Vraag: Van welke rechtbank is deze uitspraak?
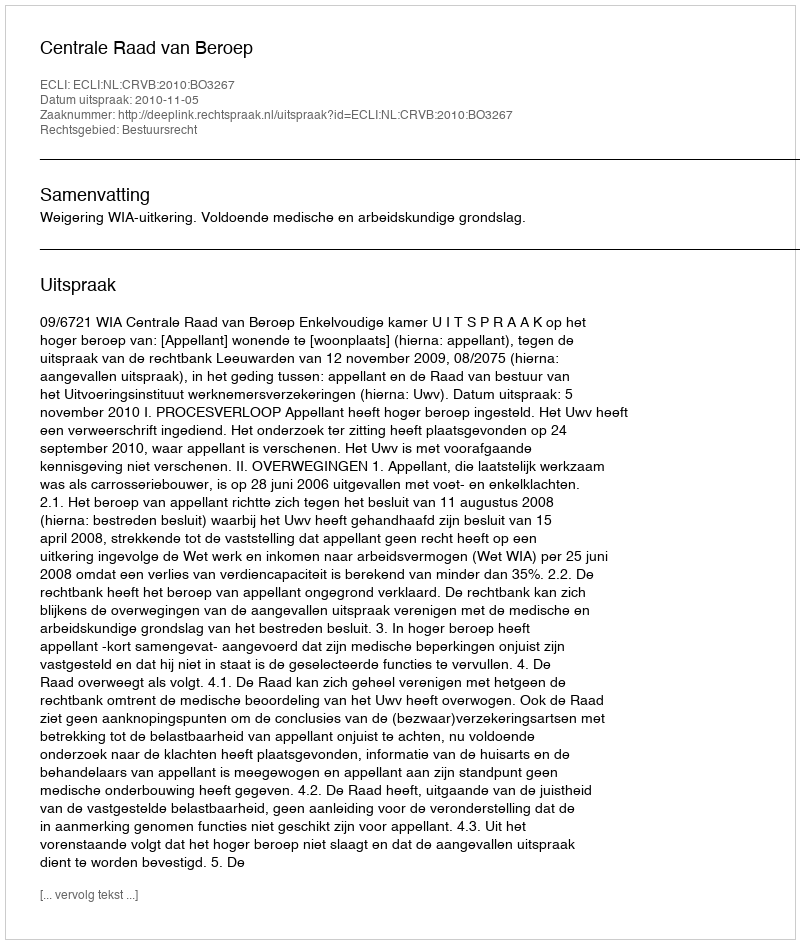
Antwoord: Centrale Raad van Beroep